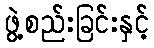
ဖွဲ့စည်းခြင်းနှင့်